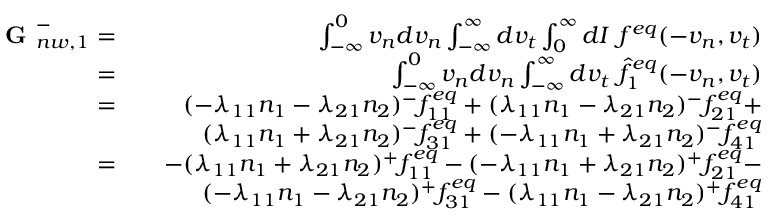
\begin{array} { r l r } { \textbf { G } _ { n w , 1 } ^ { - } = } & { } & { \int _ { - \infty } ^ { 0 } v _ { n } d v _ { n } \int _ { - \infty } ^ { \infty } d v _ { t } \int _ { 0 } ^ { \infty } d I \ f ^ { e q } ( - v _ { n } , v _ { t } ) } \\ { = } & { } & { \int _ { - \infty } ^ { 0 } v _ { n } d v _ { n } \int _ { - \infty } ^ { \infty } d v _ { t } \ \hat { f } _ { 1 } ^ { e q } ( - v _ { n } , v _ { t } ) } \\ { = } & { } & { ( - \lambda _ { 1 1 } n _ { 1 } - \lambda _ { 2 1 } n _ { 2 } ) ^ { - } f _ { 1 1 } ^ { e q } + ( \lambda _ { 1 1 } n _ { 1 } - \lambda _ { 2 1 } n _ { 2 } ) ^ { - } f _ { 2 1 } ^ { e q } + } \\ & { } & { ( \lambda _ { 1 1 } n _ { 1 } + \lambda _ { 2 1 } n _ { 2 } ) ^ { - } f _ { 3 1 } ^ { e q } + ( - \lambda _ { 1 1 } n _ { 1 } + \lambda _ { 2 1 } n _ { 2 } ) ^ { - } f _ { 4 1 } ^ { e q } } \\ { = } & { } & { - ( \lambda _ { 1 1 } n _ { 1 } + \lambda _ { 2 1 } n _ { 2 } ) ^ { + } f _ { 1 1 } ^ { e q } - ( - \lambda _ { 1 1 } n _ { 1 } + \lambda _ { 2 1 } n _ { 2 } ) ^ { + } f _ { 2 1 } ^ { e q } - } \\ & { } & { ( - \lambda _ { 1 1 } n _ { 1 } - \lambda _ { 2 1 } n _ { 2 } ) ^ { + } f _ { 3 1 } ^ { e q } - ( \lambda _ { 1 1 } n _ { 1 } - \lambda _ { 2 1 } n _ { 2 } ) ^ { + } f _ { 4 1 } ^ { e q } } \end{array}